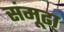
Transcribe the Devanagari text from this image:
संमूढा